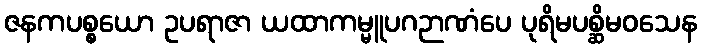
ဇနကပစ္စယော ဥပရာဇာ ယထာကမ္မူပဂဉာဏံပေ ပုရိမပစ္ဆိမဝသေန